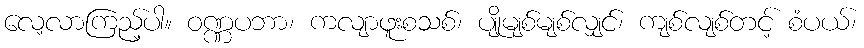
လေ့လာကြည့်ပါ။ ဝဏ္ဏပဘာ၊ ကလျာဖူးစသစ်၊ ပျိုမျစ်မျစ်လျှင်၊ ကျစ်လျစ်တင့် စံပယ်၊